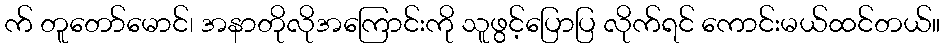
က် တူတော်မောင်၊ အနာတိုလိုအကြောင်းကို သူဖွင့်ပြောပြ လိုက်ရင် ကောင်းမယ်ထင်တယ်။